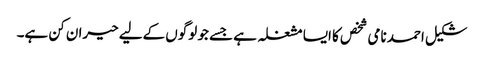
شکیل احمد نامی شخص کا ایسا مشغلہ ہے جسے جو لوگوں کےلیے حیران کن ہے۔